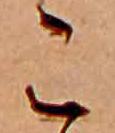
こ